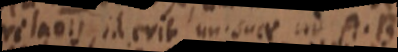
relaois, id erit un. suae ad A. B